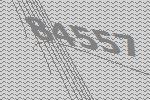
84557